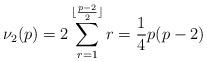
LaTeX: \begin{align*}\nu_2 (p) = 2\sum_{r = 1}^{\lfloor \frac{p-2}{2} \rfloor} r = \frac{1}{4} p(p - 2)\end{align*}